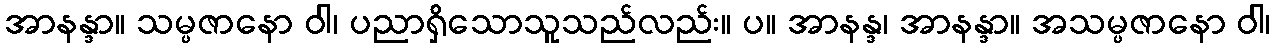
အာနန္ဒာ။ သမ္ပဇာနော ဝါ၊ ပညာရှိသောသူသည်လည်း။ ပ။ အာနန္ဒ၊ အာနန္ဒာ။ အသမ္ပဇာနော ဝါ၊